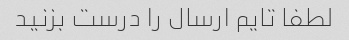
لطفا تایم ارسال را درست بزنید